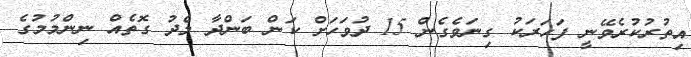
އިތުރުކުރެވޭނީ ފަހަރަކު ގިނަވެގެން 15 ދުވަހަށް ކަން ބަންދާ މެދު ގޮތެއް ނިންމުމުގެ